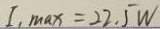
I _ { 1 \max } = 2 2 . 5 W